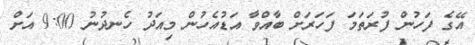
އޭގެ ފަހުން ފުރަތަމަ ފަހަރަށް ބާއްވާ އަޑުއެހުން މިއަދު ހެނދުނު 9:00 އަށް